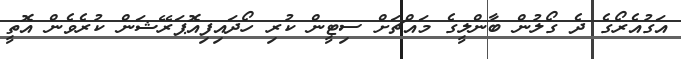
އަގުއެރޯގެ ދެ ގޯލުން ބާންލީގެ މައްޗަށް ސިޓީން ކުރި ހޯދައިފިއޮޕަރޭޝަން ކުރެވެން އޮތީ